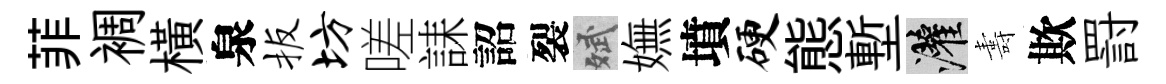
菲裯橫泉扳坊嗟誄詔裂斌嫵墳硬態塹灌夀欺罸